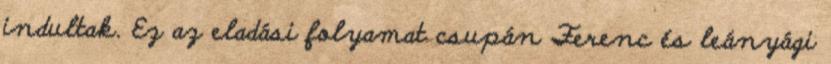
indultak. Ez az eladási folyamat csupán Ferenc és leányági